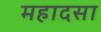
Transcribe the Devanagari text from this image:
महादसा